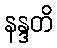
နန္ဒတိ